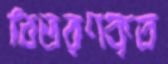
বিতরণকৃত